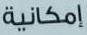
إمكانية